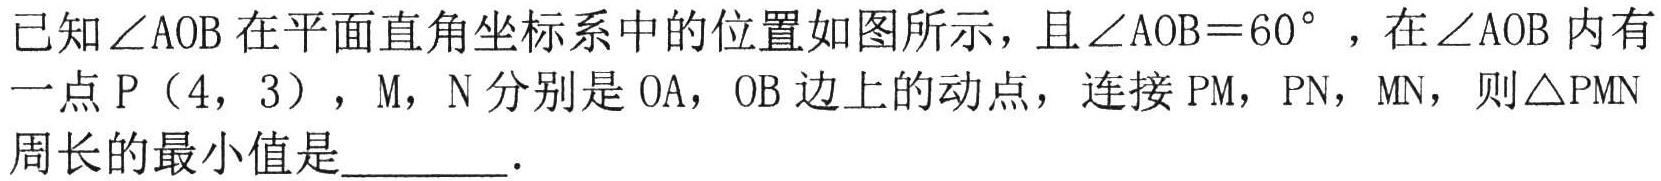
已知\(\angle AOB\)在平面直角坐标系中的位置如图所示，且\(\angle AOB = 60^{\circ}\)，在\(\angle AOB\)内有
一点\(P\)（\(4\)，\(3\)），\(M\)，\(N\)分别是\(OA\)，\(OB\)边上的动点，连接\(PM\)，\(PN\)，\(MN\)，则\(\triangle PMN\)
周长的最小值是  ．